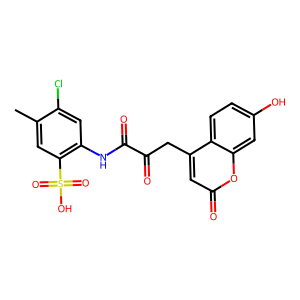
SMILES: Cc1cc(S(=O)(=O)O)c(NC(=O)C(=O)Cc2cc(=O)oc3cc(O)ccc23)cc1Cl
Inhibits HIV replication: No